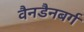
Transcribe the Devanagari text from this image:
वैनडैनबर्ग